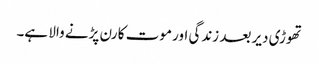
تھوڑی دیر بعد زندگی اور موت کا رن پڑنے والا ہے۔